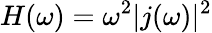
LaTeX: H(\omega)=\omega^{2}\vert\textit{j}(\omega)\vert^{2}